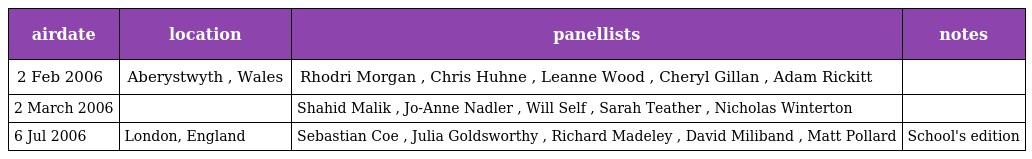
| airdate | location | panellists | notes |
 | --- | --- | --- | --- |
 | 2 Feb 2006 | Aberystwyth , Wales | Rhodri Morgan , Chris Huhne , Leanne Wood , Cheryl Gillan , Adam Rickitt |  |
 | 2 March 2006 |  | Shahid Malik , Jo-Anne Nadler , Will Self , Sarah Teather , Nicholas Winterton |  |
 | 6 Jul 2006 | London, England | Sebastian Coe , Julia Goldsworthy , Richard Madeley , David Miliband , Matt Pollard | School's edition |